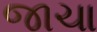
જાચા